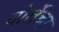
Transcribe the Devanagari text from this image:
बोर्तेचा